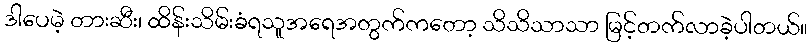
ဒါပေမဲ့ တားဆီး၊ ထိန်းသိမ်းခံရသူအရေအတွက်ကတော့ သိသိသာသာ မြင့်တက်လာခဲ့ပါတယ်။